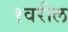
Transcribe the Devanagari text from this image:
१वरील